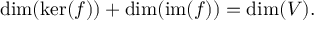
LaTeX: \dim ( \ker ( f ) ) + \dim ( \operatorname { i m } ( f ) ) = \dim ( V ) .